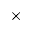
\times